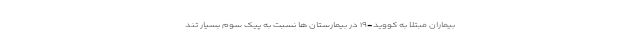
بیماران مبتلا به کووید-۱۹ در بیمارستان ها نسبت به پیک سوم بسیار تند